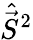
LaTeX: \hat{\vec{S}}^{2}